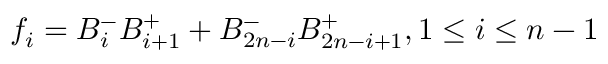
f _ { i } = B _ { i } ^ { - } B _ { i + 1 } ^ { + } + B _ { 2 n - i } ^ { - } B _ { 2 n - i + 1 } ^ { + } , 1 \leq i \leq n - 1